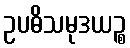
ဥပဓိသမုဒယဉ္စ